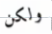
ولكن